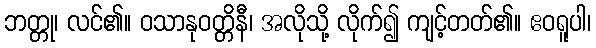
ဘတ္တု၊ လင်၏။ ဝသာနုဝတ္တိနီ၊ အလိုသို့ လိုက်၍ ကျင့်တတ်၏။ ဧဝရူပါ၊